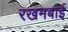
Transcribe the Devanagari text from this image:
रखमबाई